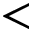
<